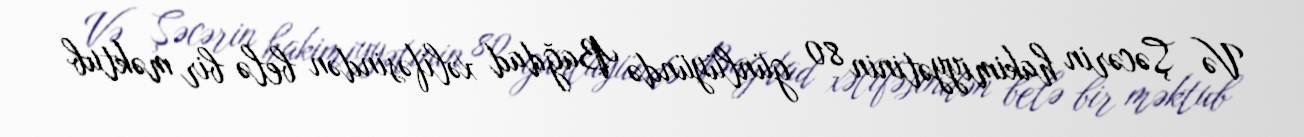
Və Şəcərin hakimiyyətinin 80 günlüyündə Bağdad xəlifəsindən belə bir məktub